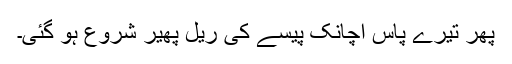
پھر تیرے پاس اچانک پیسے کی ریل پھیر شروع ہو گئی۔